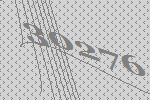
30276